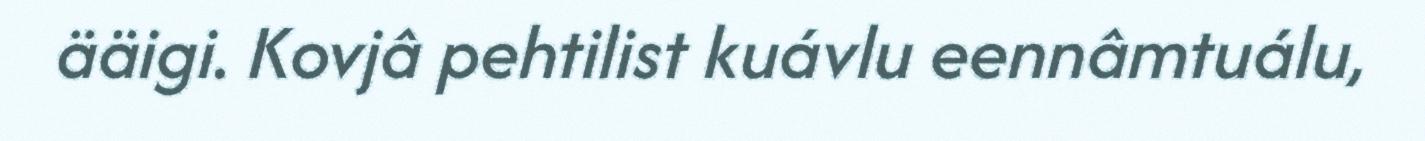
ääigi. Kovjâ pehtilist kuávlu eennâmtuálu,